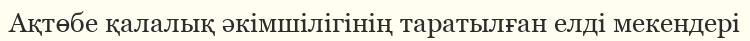
Ақтөбе қалалық әкімшілігінің таратылған елді мекендері